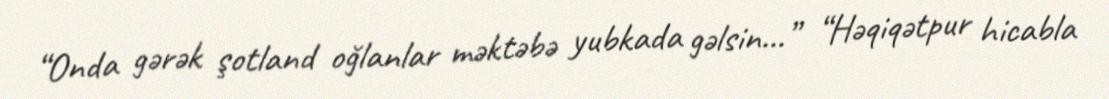
“Onda gərək şotland oğlanlar məktəbə yubkada gəlsin...” “Həqiqətpur hicabla